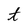
Character: t